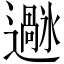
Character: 𫑌